Annual report of the Bengal Veterinary College, and of the Civil Veterinary Department, Bengal, for the year 1901-1902 - 1901-1902
Year: 1901
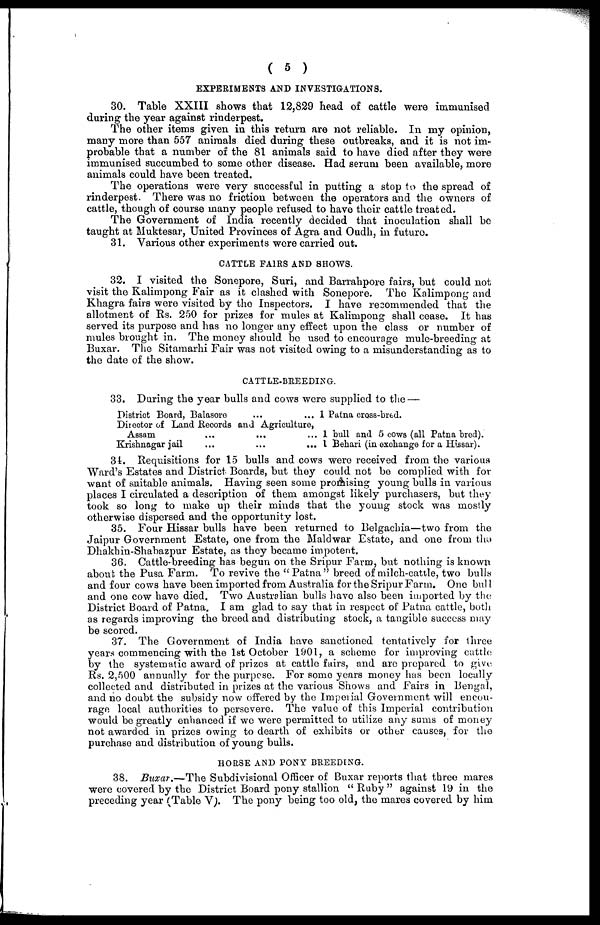
( 5 )
EXPERIMENTS AND INVESTIGATIONS.
30. Table XXIII shows that 12,829 head of cattle were immunised
during the year against rinderpest.
The other items given in this return are not reliable. In my opinion,
many more than 557 animals died during these outbreaks, and it is not im-
probable that a number of the 81 animals said to have died after they were
immunised succumbed to some other disease. Had serum been available, more
animals could have been treated.
The operations were very successful in putting a stop to the spread of
rinderpest. There was no friction between the operators and the owners of
cattle, though of course many people refused to have their cattle treated.
The Government of India recently decided that inoculation shall be
taught at Muktesar, United Provinces of Agra and Oudh, in future.
31. Various other experiments were carried out.
CATTLE FAIRS AND SHOWS.
32. I visited the Sonepore, Suri, and Barrahpore fairs, but could not
visit the Kalimpong Fair as it clashed with Sonepore. The Kalimpong and
Khagra fairs were visited by the Inspectors. I have resommendecl that the
allotment of Rs. 250 for prizes for mules at Kalimpong shall cease. It has
served its purpose and has no longer any effect upon the class or number of
mules brought in. The money should be used to encourage mule-breeding at
Buxar. The Sitamarhi Fair was not visited owing to a misunderstanding as to
the date of the show.
CATTLE-BEEEDING .
33. During the year bulls and cows were supplied to the —
District Board, Balasore ... ...
Director of Land Records and Agriculture,
Assam
Krishnagar jail ... ... ...
1 Patna cross-bred.
1 bull and 5 cows (all Patna bred).
1 Behari (in exchange for a Hissar).
31. Requisitions for 15 bulls and cows were received from the various
Ward's Estates and District Boards, but they could not be complied with for
want of suitable animals. Having seen some promising young bulls in various
places I circulated a description of them amongst likely purchasers, but they
took so long to make up their minds that the young stock was mostly
otherwise dispersed and the opportunity lost.
35. Four Hissar bulls have been returned to Belgachia—two from the
Jaipur Government Estate, one from the Maldwar Estate, and one from the
Dhakbin-Shabazpur Estate, as they became impotent.
36. Cattle-breeding has begun on the Sripur Farm, but nothing is known
about the Pusa Farm. To revive the " Patna " breed of milch-cattle, two bulls
and four cows have been imported from Australia for the Sripur Farm. One bull
and one cow have died. Two Australian bulls have also been imported by the
District Board of Patna. I am glad to say that in respect of Patna cattle, both
as regards improving the breed and distributing stock, a tangible success may
be scored.
37. The Government of India have sanctioned tentatively for three
years commencing with the 1st October 1901, a scheme for improving cattle
by the systematic award of prizes at cattle fairs, and are prepared to give
Rs. 2,500 annually for the purpose. For some years money has been locally
collected and distributed in prizes at the various Shows and Fairs in Bengal,
and no doubt the subsidy now offered by the Imperial Government will encou-
rage local authorities to persevere. The value of this Imperial contribution
would be greatly enhanced if we were permitted to utilize any sums of money
not awarded in prizes owing to dearth of exhibits or other causes, for the
purchase and distribution of young bulls.
HORSE AND PONY BREEDING.
38. Buxar.—The Subdivisional Officer of Buxar reports that three mares
were covered by the District Board pony stallion " Ruby " against 19 in the
preceding year (Table V). The pony being too old, the mares covered by him